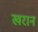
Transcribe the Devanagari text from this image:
खरान